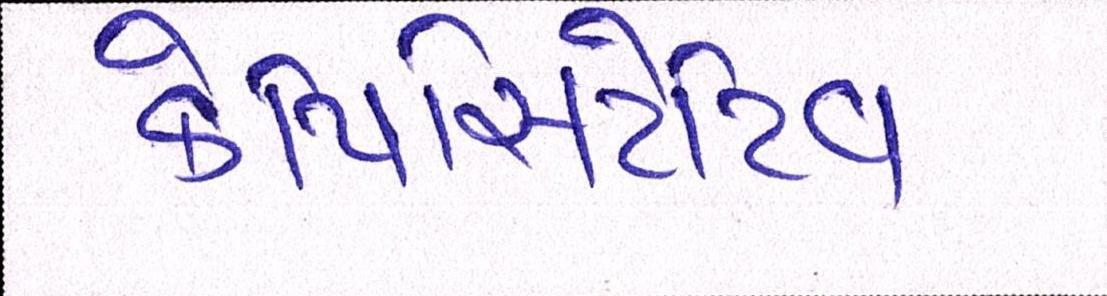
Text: કેપિસિટેટિવ